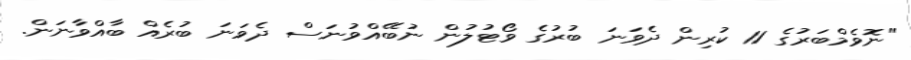
"ނޮވެމްބަރުގެ 11 ކުރިން ދެވަނަ ބުރުގެ ވޯޓުލުން ނުބޭއްވުނަސް ދެވަނަ ބުރެއް ބާއްވާނަން.